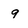
Character: 9